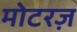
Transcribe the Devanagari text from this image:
मोटरज़